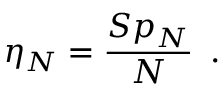
\eta _ { N } = \frac { { S p } _ { N } } { N } \, \mathrm { ~ . ~ }